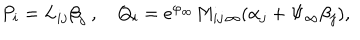
P _ { i } = L _ { i j } { \beta } _ { j } \ , Q _ { i } = e ^ { \varphi _ { \infty } } M _ { i j \, \infty } ( \alpha _ { j } + \Psi _ { \infty } \beta _ { j } ) ,